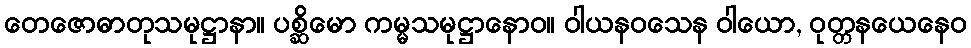
တေဇောဓာတုသမုဋ္ဌာနာ။ ပစ္ဆိမော ကမ္မသမုဋ္ဌာနောဝ။ ဝါယနဝသေန ဝါယော, ဝုတ္တနယေနေဝ